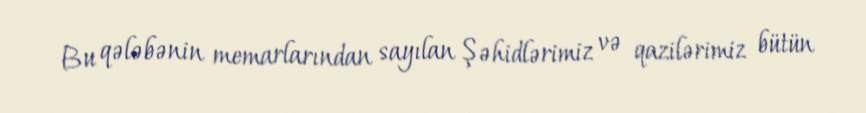
Bu qələbənin memarlarından sayılan Şəhidlərimiz və qazilərimiz bütün